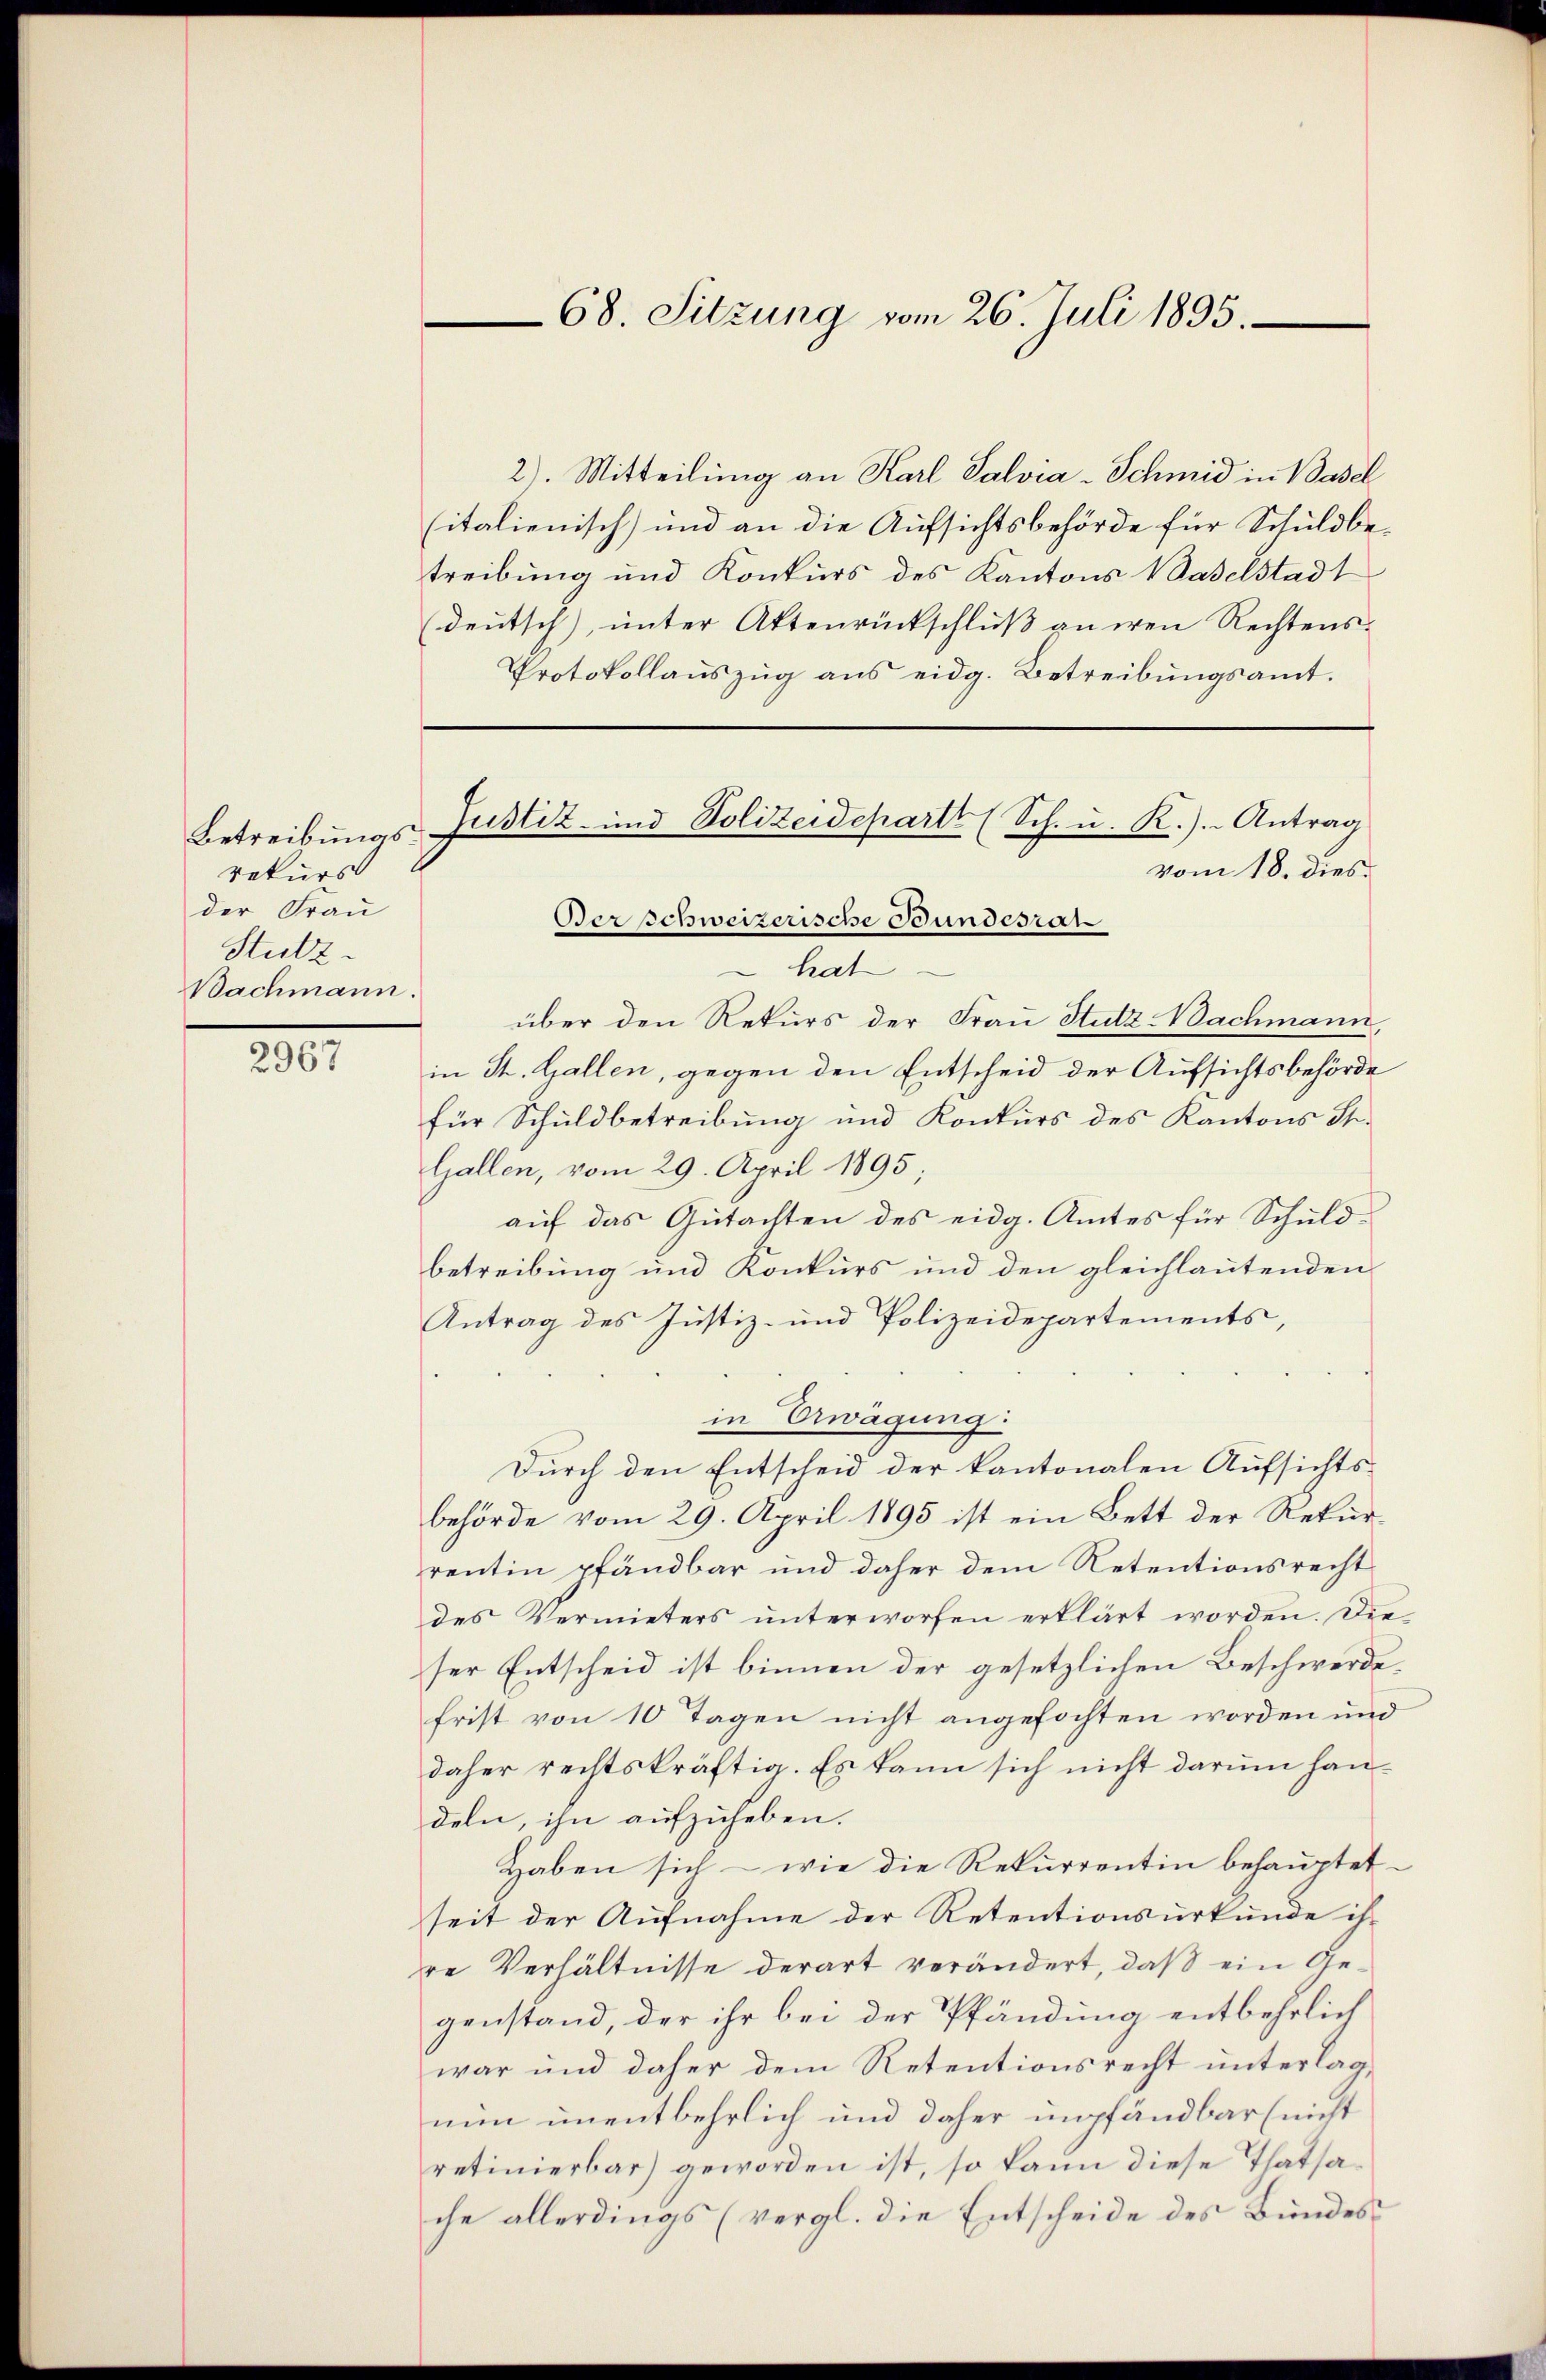
Betreibungsraturs
der Frau
Stutz
Bachmann.

2967

2). Mitteilung an Karl Salvia-Schmid in Basel
sitalienisch) und an die Aufsichtsbehörde für Schuldbetreibung und Konkurs des Kantons Baselstadt
deutsch), unter Aktenrückschluß an den Rechtens¬
Protokollauszug aus eidg. Betreibungsamt.
vom 18. dies
hat
über den Rekurs der Frau Stutz Nachmann,
in St. Gallen, gegen den Entscheid der Aufsichtsbehörde
für Schuldbetreibung und Konkurs des Kantons St.
Gallen, vom 29. April 1895;
auf das Gutachten des eidg. Amtes für Schuldbetreibung und Konkurs und den gleichlautenden
Antrag des Justiz- und Polizeidepartements,
in Erwägung
Durch den Entscheid der kantonalen Aufsichtsbehörde vom 29. April 1895 ist ein Bett der Rekurrentin pfändbar und daher dem Retentionsrecht
des Vermieters unterworfen erklärt worden. Die
ser Entscheid ist binnen der gesetzlichen Beschwerde,
frist von 10 Tagen nicht angefochten worden und
daher rechtskräftig. Es kann sich nicht darum handeln, ihn aufzuheben.
Haben sich – wie die Rekurrentin behauptet
seit der Aufnahme der Retentionsurkunde ihr
re Verhältnisse derart verändert, daß ein Gegenstand, der ihr bei der Pfändung entbehrlich
war und daher dem Retentionsrecht unterlagnun unentbehrlich und daher empfändbar (nicht
retinierbar) geworden ist, so kann diese Thatsache allerdings (vergl. die Entscheide des Bundes¬

68. Sitzung vom 26. Juli 1895.

Verschweizerische Bundesrat

Justiz- und Polizeidepartt (Sch. u. K.). Antrag